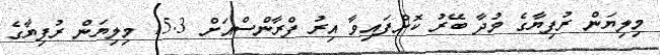
މިލިޔަން ރުފިޔާގެ މުދާ ބޭރު ކޮށްފައިވާ އިރު ފްރާންސްއަށް 15.3 މިލިޔަން ރުފިޔާގެ